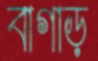
বাগাড়